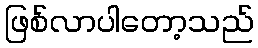
ဖြစ်လာပါတော့သည်